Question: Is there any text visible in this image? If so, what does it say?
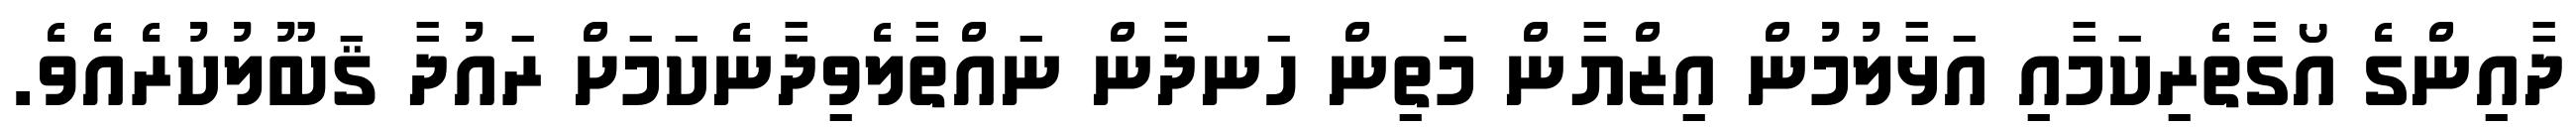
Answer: ދާއިންގެ އޯގާތެރިކަމާއި އަޅާލުމުން އިޒްޔާން މަތިން ހަނދާން ނައްތާލެވިދާނެކަމަށް ރައުދާ ޤަބޫލުކުރެއެވެ.